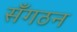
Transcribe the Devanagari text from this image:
सँगठन